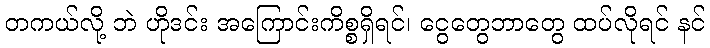
တကယ်လို့ ဘဲ ဟိုဒင်း အကြောင်းကိစ္စရှိရင်၊ ငွေတွေဘာတွေ ထပ်လိုရင် နင်